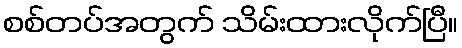
စစ်တပ်အတွက် သိမ်းထားလိုက်ပြီ။